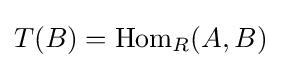
T(B)={\text{Hom}}_{R}(A,B)